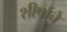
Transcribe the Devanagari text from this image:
शीर्षाचे